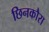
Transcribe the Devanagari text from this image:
छिनकौरा